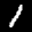
Label: 1